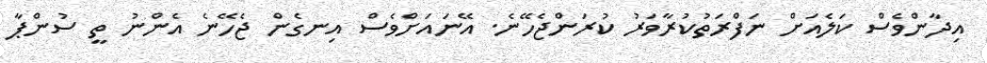
އިދާންވެސް ކަލެއަށް ނަފްރަތުކުރާވަރު ކުރަންޖެހޭނެ. އޭނައަށްވެސް އިނގެން ޖެހޭނެ އެންނު ތީ ސުންޕާ